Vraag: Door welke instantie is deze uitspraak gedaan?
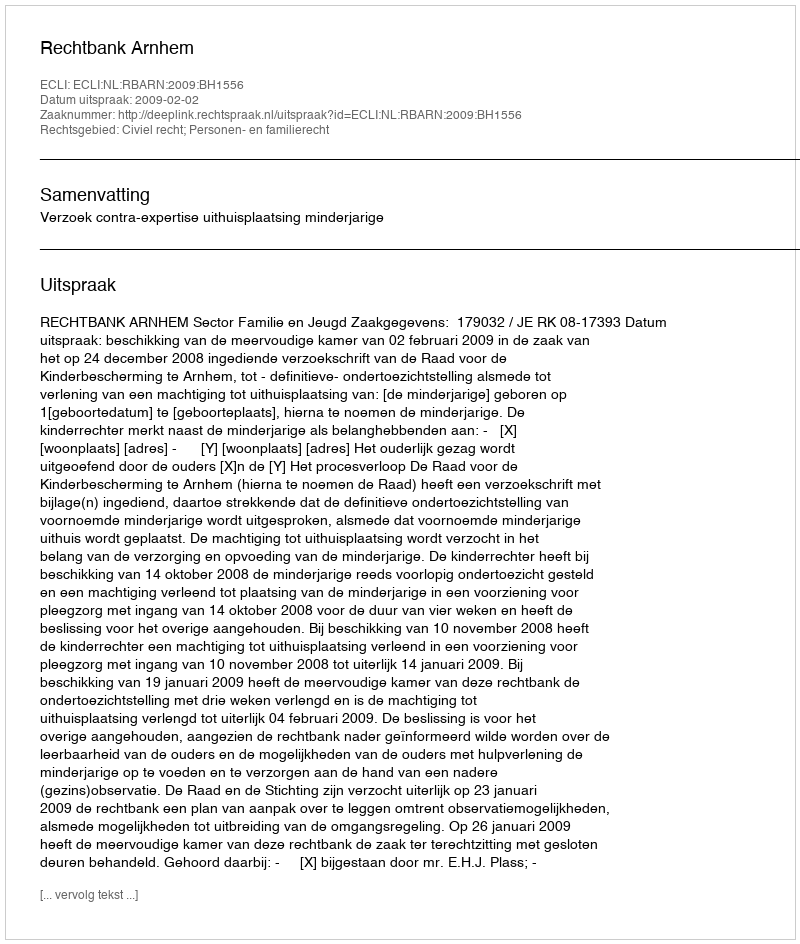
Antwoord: Rechtbank Arnhem